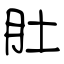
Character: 肚